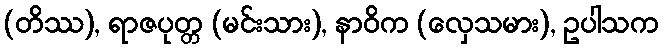
(တိဿ), ရာဇပုတ္တ (မင်းသား), နာဝိက (လှေသမား), ဥပါသက